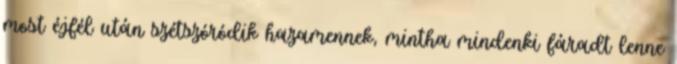
most éjfél után szétszóródik hazamennek, mintha mindenki fáradt lenne